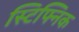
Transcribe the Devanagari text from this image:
स्टिफ्निक